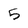
Character: 5